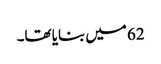
62 میں بنایا تھا۔